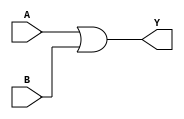
module or_gate (
    input A,
    input B,
    output Y
);

assign Y = A | B;

endmodule